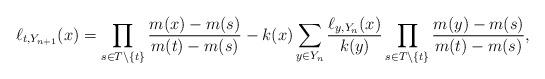
LaTeX: \begin{align*} \ell_{t,Y_{n+1}}(x) = \prod_{s \in T \setminus \{t\}} {m(x) - m(s) \over m(t) - m(s)}- k(x) \sum_{y \in Y_{n}} {\ell_{y,Y_{n}}(x) \over k(y)} \prod_{s \in T \setminus \{t\}} {m(y) - m(s) \over m(t) - m(s)}, \end{align*}